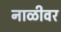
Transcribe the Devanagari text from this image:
नाळीवर